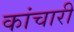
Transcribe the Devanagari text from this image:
कांचारी